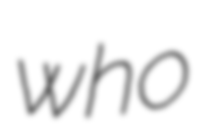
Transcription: who